DOW-UAP-D19, Mission Report, Syria, February 21, 2023
Agency: Department of War
Incident date: 2/21/23
Incident location: Syria
Page 4
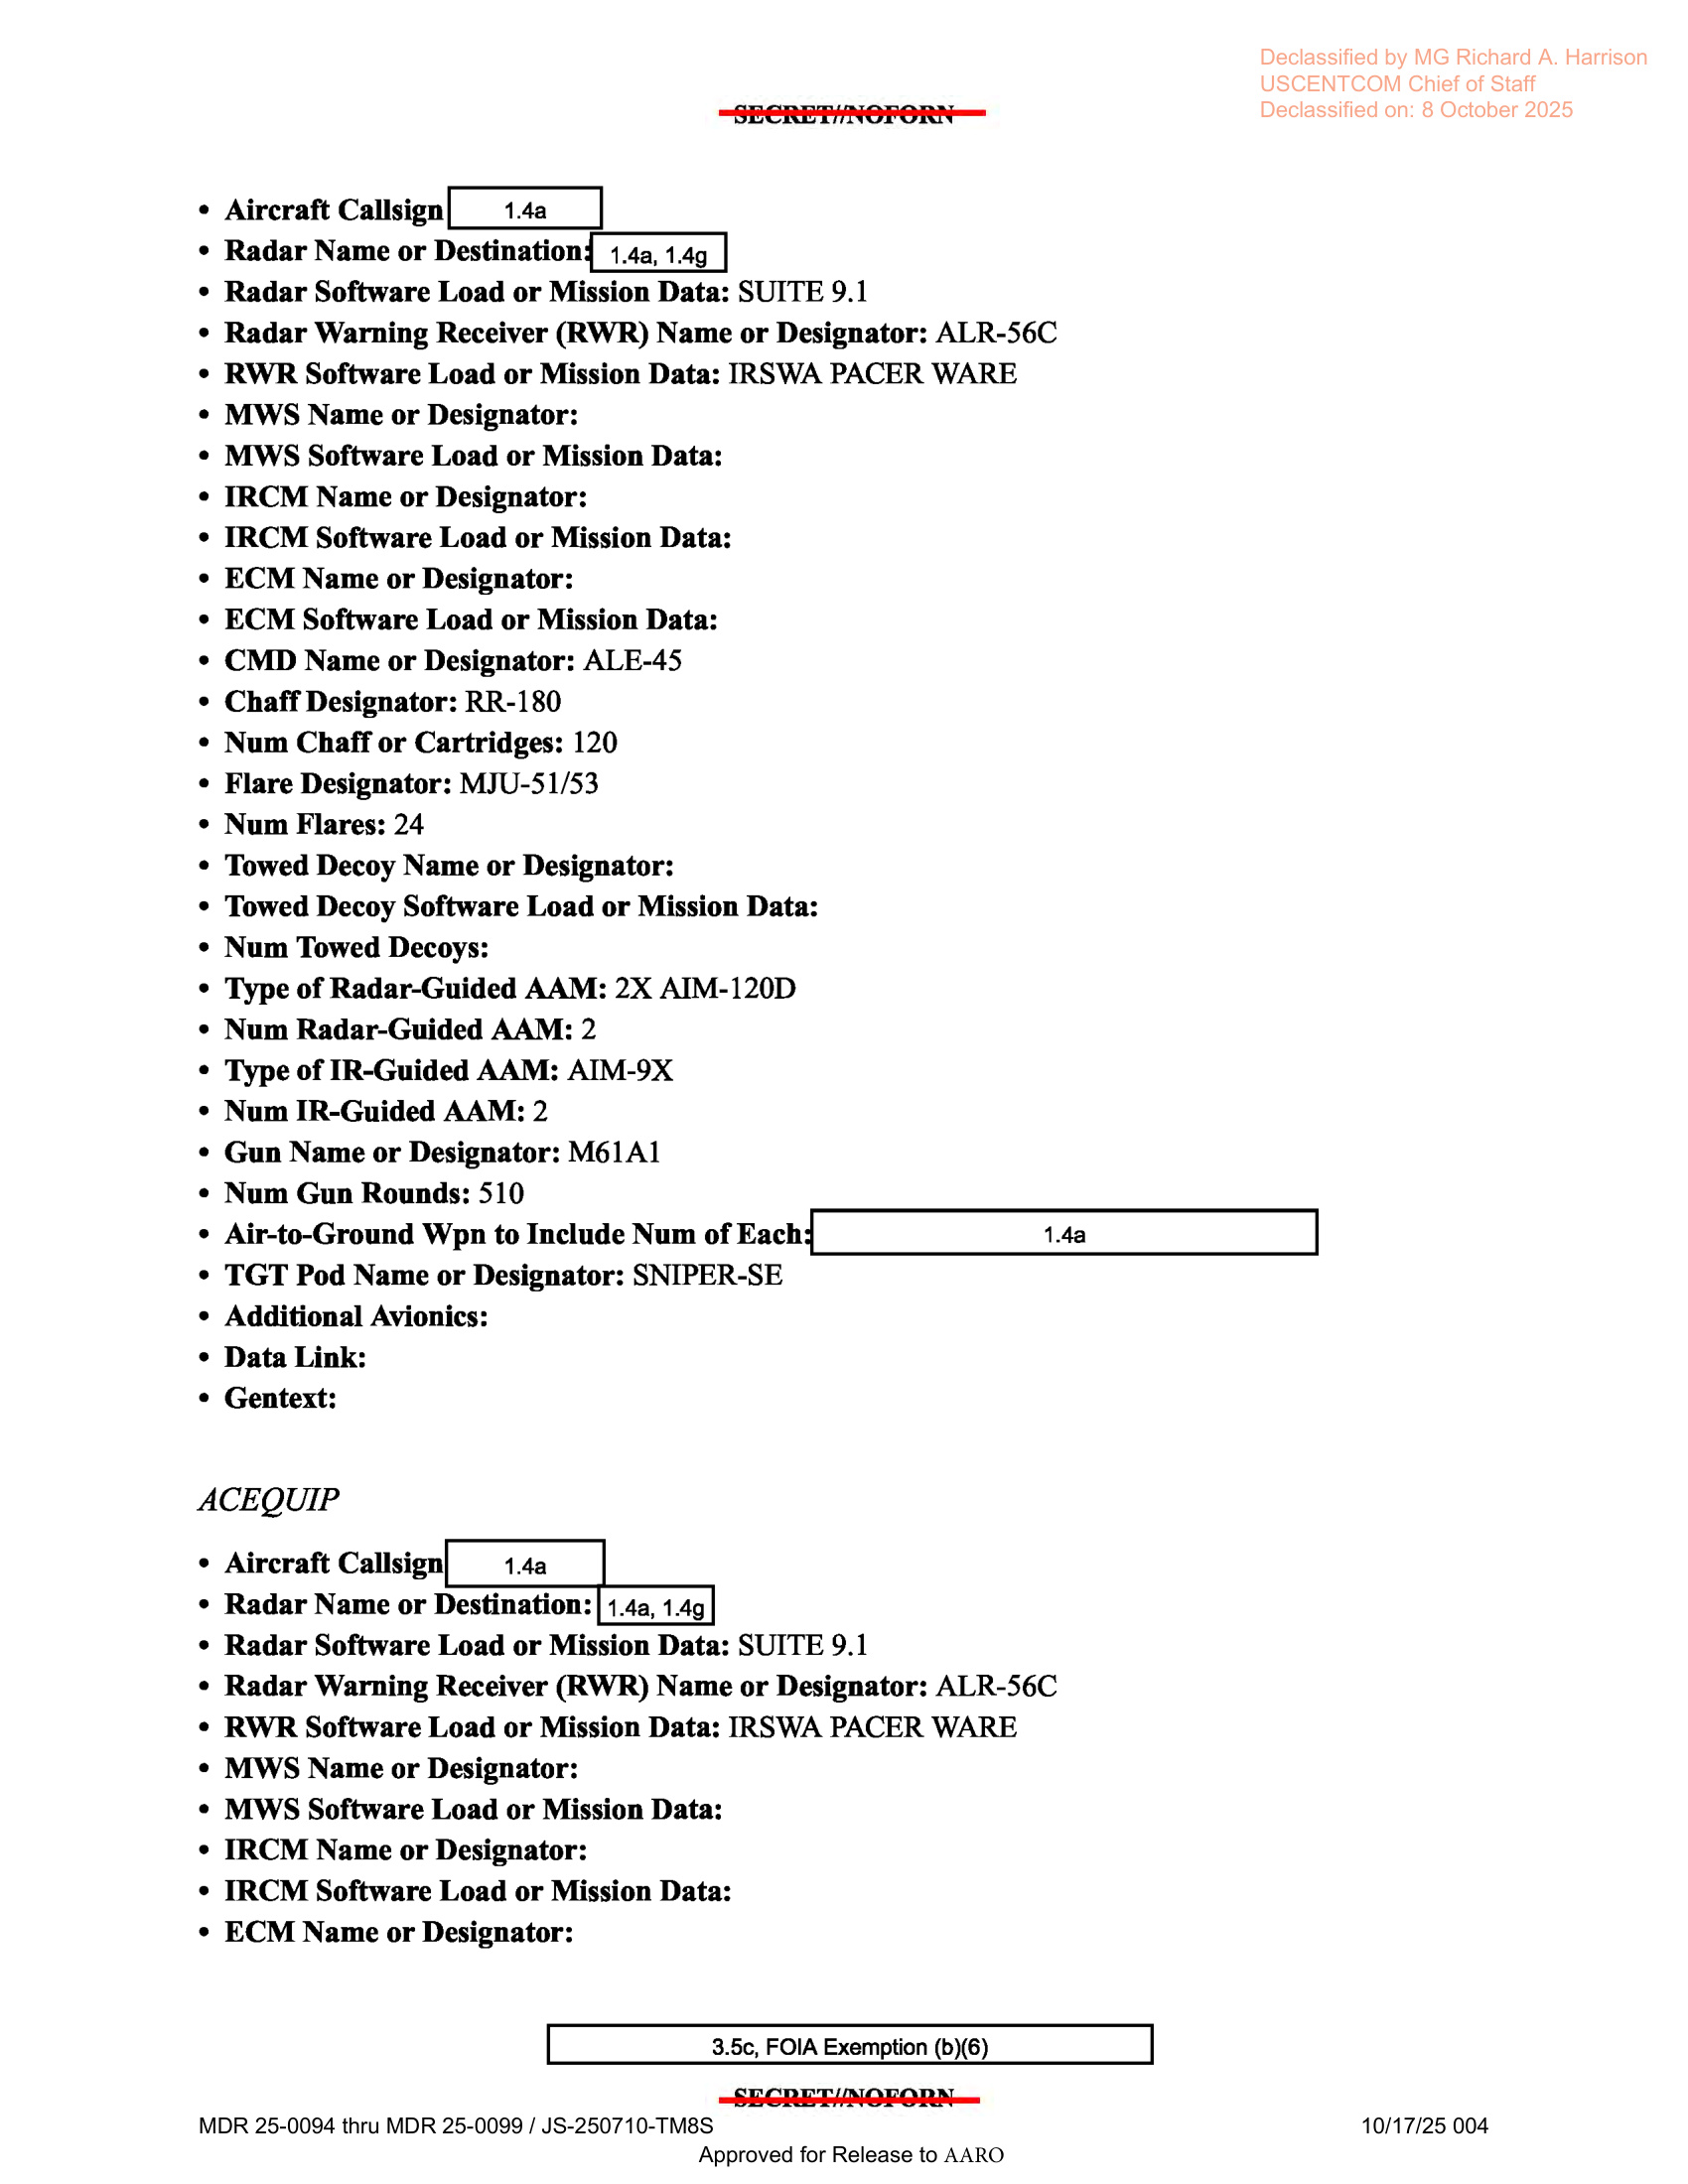